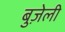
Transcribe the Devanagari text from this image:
बुज़ेली